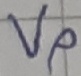
Text: Vp